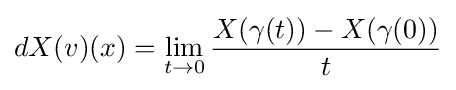
dX(v)(x)=\lim _{t\to 0}{\frac {X(\gamma (t))-X(\gamma (0))}{t}}